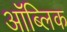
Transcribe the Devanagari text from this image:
ऑब्लिक